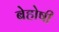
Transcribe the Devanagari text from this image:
बेहोषी